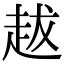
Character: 𧺺